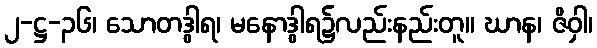
၂-ဋ္ဌ-၃၆၊ သောတဒွါရ၊ မနောဒွါရ၌လည်းနည်းတူ။ ဃာန၊ ဇိဝှါ၊